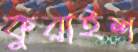
কুরাইশ